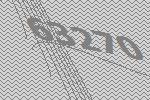
63270